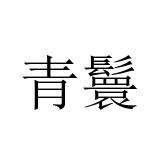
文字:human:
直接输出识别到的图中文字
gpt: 青鬟